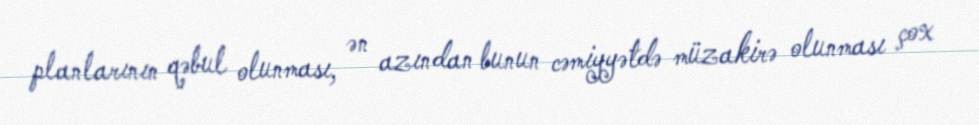
planlarının qəbul olunması, ən azından bunun cəmiyyətdə müzakirə olunması çox